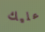
عليك